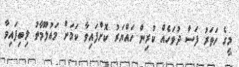
މީގެ ހަތަރު ފަަސް ދުވަހެއް ކުރިން ހައްޔަރު ކޮށްފައިވާ ކަމަށް މަައުލޫމާތު ލިބިފައިވާ